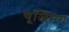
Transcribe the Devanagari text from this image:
चूजिमग